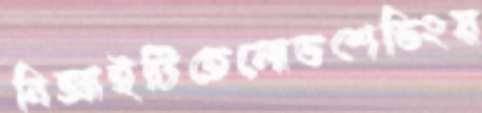
বিআইটিতেলোডশেডিংয়